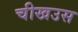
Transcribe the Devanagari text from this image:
चीखउस